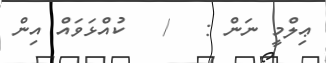
ޢިލްމީ ނަން :   /   ކުއްޅަވައް އިން